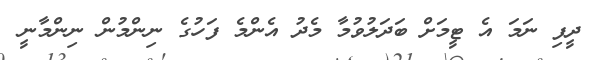
ދީފި ނަމަ އެ ޓީމަށް ބަދަލުވުމާ މެދު އެންމެ ފަހުގެ ނިންމުން ނިންމާނީ